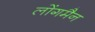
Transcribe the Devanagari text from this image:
लोंगमैन